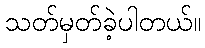
သတ်မှတ်ခဲ့ပါတယ်။